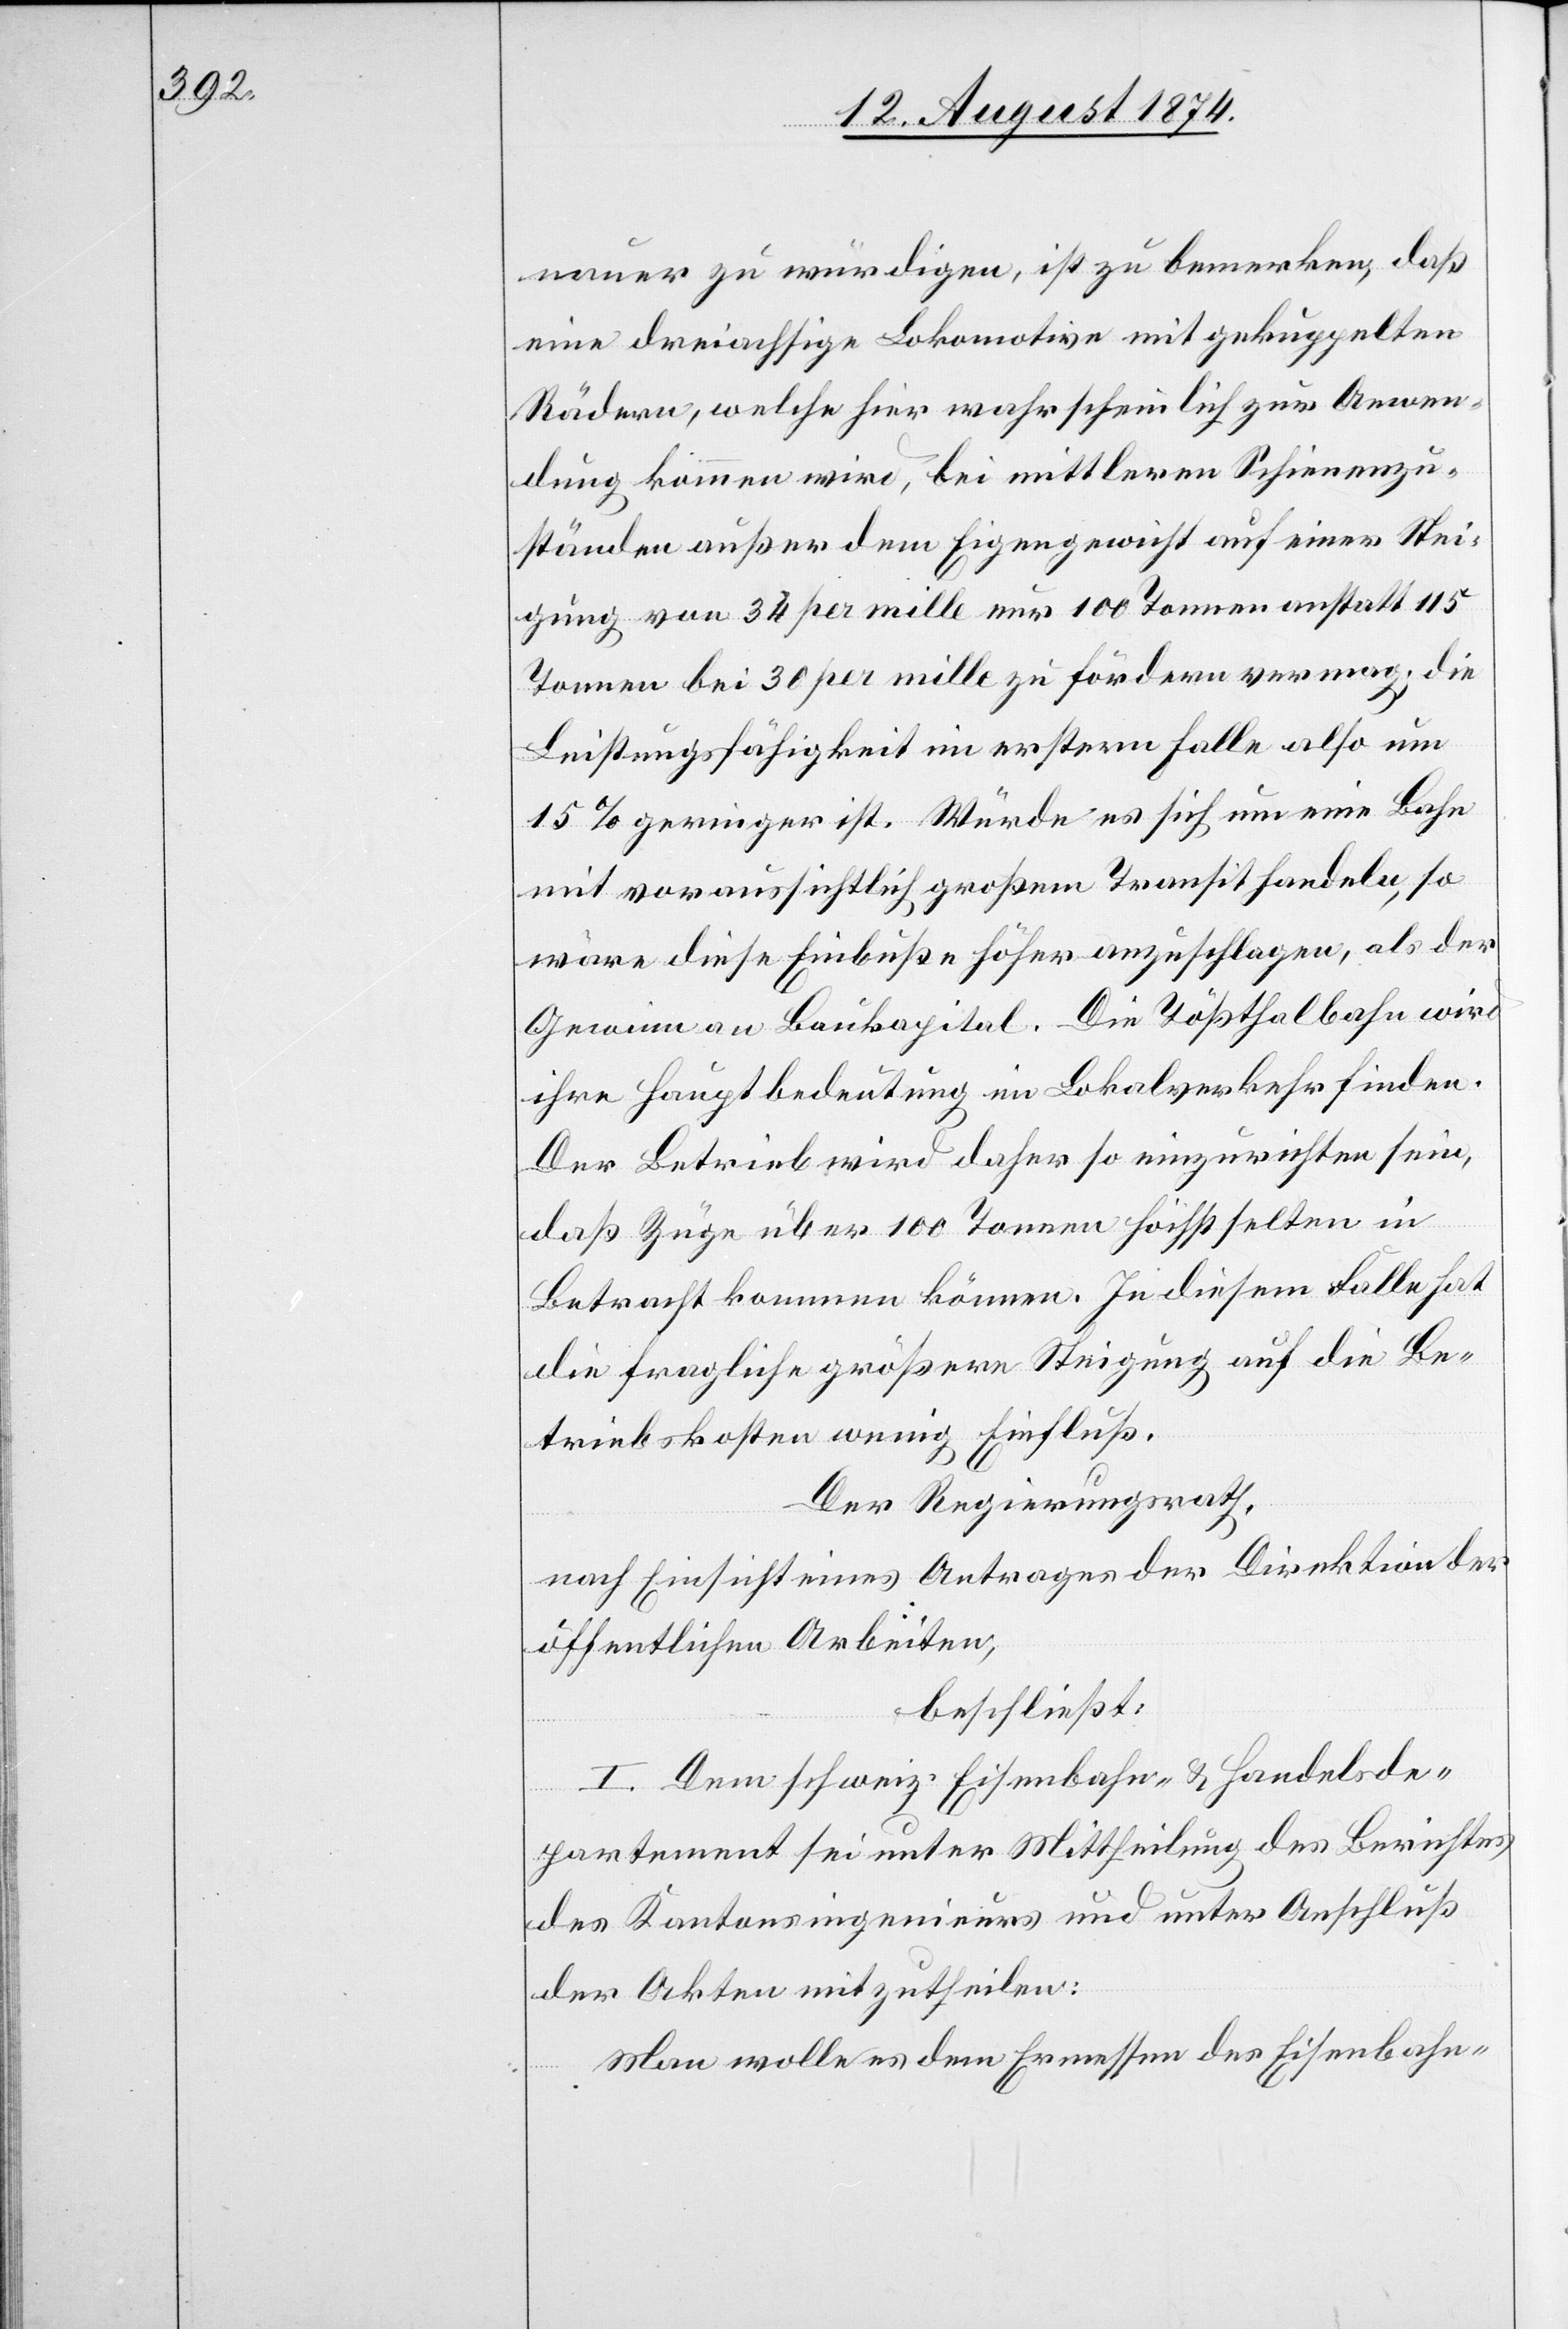
nauer zu würdigen, ist zu bemerken, daß
eine dreiachsige Lokomotive mit gekuppelten
Rädern, welche hier wahrscheinlich zur Anwen¬
dung kommen wird, bei mittleren Schienenzu¬
ständen außer dem Eigengewicht auf einer Stei¬
gung von 34 per mille nur 100 Tonnen anstatt 115
Tonnen bei 30 per mille zu fördern vermag; die
Leistungsfähigkeit im erstern Falle also um
15% geringer ist. Würde es sich um eine Bahn
mit voraussichtlich großem Transit handeln, so
wäre diese Einbuße höher anzuschlagen, als der
Gewinn an Baukapital. Die Tößthalbahn wird
ihre Hauptbedeutung im Lokalverkehr finden.
Der Betrieb wird daher so einzurichten sein,
daß Züge über 100 Tonnen höchst selten in
Betracht kommen können. In diesem Falle hat
die fragliche größere Steigung auf die Be¬
triebskosten wenig Einfluß.
Der Regierungsrath,
nach Einsicht eines Antrages der Direktion der
öffentlichen Arbeiten,
beschließt:
I. Dem schweiz. Eisenbahn- u. Handelsde¬
partement sei unter Mittheilung des Berichtes
des Kantonsingenieurs und unter Anschluß
der Akten mitzutheilen:
Man wolle es dem Ermessen des Eisenbahn-